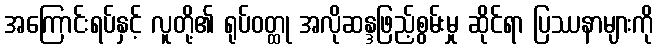
အကြောင်းရပ်နှင့် လူတို့၏ ရုပ်ဝတ္ထု အလိုဆန္ဒဖြည့်စွမ်းမှု ဆိုင်ရာ ပြဿနာများကို